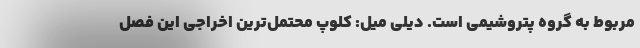
مربوط به گروه پتروشیمی است. دیلی میل: کلوپ محتمل‌ترین اخراجی این فصل